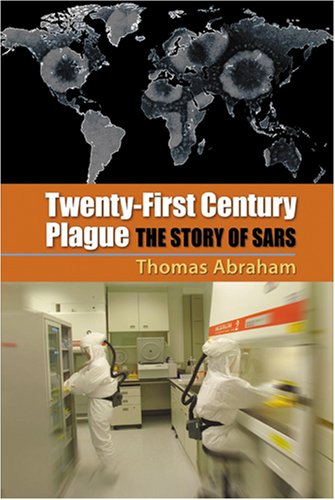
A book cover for Twenty-First Century Plague: The Story of SARS; Thomas Abraham; Health, Fitness & Dieting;